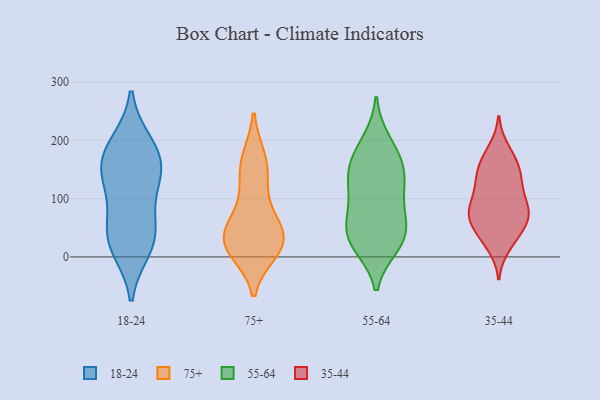
{"axis": {"x": "Backlog", "y": "Value"}, "legend": ["18-24", "35-44", "55-64", "75+"], "data": [{"x": "", "y": 193, "type": "18-24"}, {"x": "", "y": 58, "type": "18-24"}, {"x": "", "y": 112, "type": "18-24"}, {"x": "", "y": 16, "type": "18-24"}, {"x": "", "y": 30, "type": "18-24"}, {"x": "", "y": 185, "type": "18-24"}, {"x": "", "y": 156, "type": "18-24"}, {"x": "", "y": 140, "type": "18-24"}, {"x": "", "y": 155, "type": "18-24"}, {"x": "", "y": 33, "type": "18-24"}, {"x": "", "y": 135, "type": "75+"}, {"x": "", "y": 17, "type": "75+"}, {"x": "", "y": 47, "type": "75+"}, {"x": "", "y": 161, "type": "75+"}, {"x": "", "y": 11, "type": "75+"}, {"x": "", "y": 29, "type": "75+"}, {"x": "", "y": 168, "type": "75+"}, {"x": "", "y": 91, "type": "75+"}, {"x": "", "y": 34, "type": "75+"}, {"x": "", "y": 46, "type": "75+"}, {"x": "", "y": 19, "type": "75+"}, {"x": "", "y": 20, "type": "55-64"}, {"x": "", "y": 53, "type": "55-64"}, {"x": "", "y": 18, "type": "55-64"}, {"x": "", "y": 24, "type": "55-64"}, {"x": "", "y": 188, "type": "55-64"}, {"x": "", "y": 50, "type": "55-64"}, {"x": "", "y": 134, "type": "55-64"}, {"x": "", "y": 103, "type": "55-64"}, {"x": "", "y": 88, "type": "55-64"}, {"x": "", "y": 71, "type": "55-64"}, {"x": "", "y": 129, "type": "55-64"}, {"x": "", "y": 159, "type": "55-64"}, {"x": "", "y": 37, "type": "55-64"}, {"x": "", "y": 145, "type": "55-64"}, {"x": "", "y": 157, "type": "55-64"}, {"x": "", "y": 199, "type": "55-64"}, {"x": "", "y": 82, "type": "35-44"}, {"x": "", "y": 184, "type": "35-44"}, {"x": "", "y": 128, "type": "35-44"}, {"x": "", "y": 68, "type": "35-44"}, {"x": "", "y": 65, "type": "35-44"}, {"x": "", "y": 36, "type": "35-44"}, {"x": "", "y": 158, "type": "35-44"}, {"x": "", "y": 129, "type": "35-44"}, {"x": "", "y": 85, "type": "35-44"}, {"x": "", "y": 74, "type": "35-44"}, {"x": "", "y": 19, "type": "35-44"}, {"x": "", "y": 104, "type": "35-44"}, {"x": "", "y": 80, "type": "35-44"}, {"x": "", "y": 58, "type": "35-44"}, {"x": "", "y": 34, "type": "35-44"}, {"x": "", "y": 152, "type": "35-44"}, {"x": "", "y": 169, "type": "35-44"}, {"x": "", "y": 130, "type": "35-44"}]}